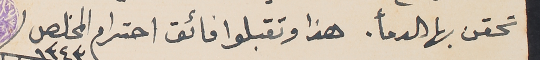
تحقن بها الدمأ. هذا وتقبلوا فائق احترام المخلص